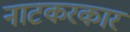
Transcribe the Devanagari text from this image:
नाटकरकार